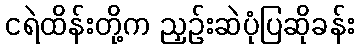
ငရဲထိန်းတို့က ညှဉ်းဆဲပုံပြဆိုခန်း